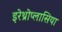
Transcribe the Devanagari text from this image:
इरेथ्रोप्लासिया